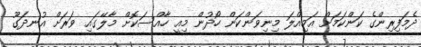
ދެމަފިރިންގެ ކަންކަމަށް އަމިއްލަ މިނިވަންކަން ހޯދުން މިއީ ހާއްސަކޮށް މާލޭގައި ވަރަށް އުނދަގޫ